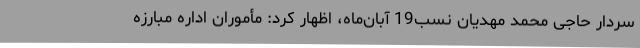
سردار حاجی محمد مهدیان نسب19 آبان‌ماه، اظهار کرد: مأموران اداره مبارزه